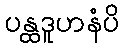
ပန္ထဒူဟနံပိ